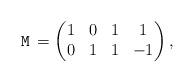
LaTeX: \begin{align*}{\,\tt M\,}=\left(\begin{matrix}1&0&1&1\\0&1&1&-1\end{matrix}\right),\end{align*}